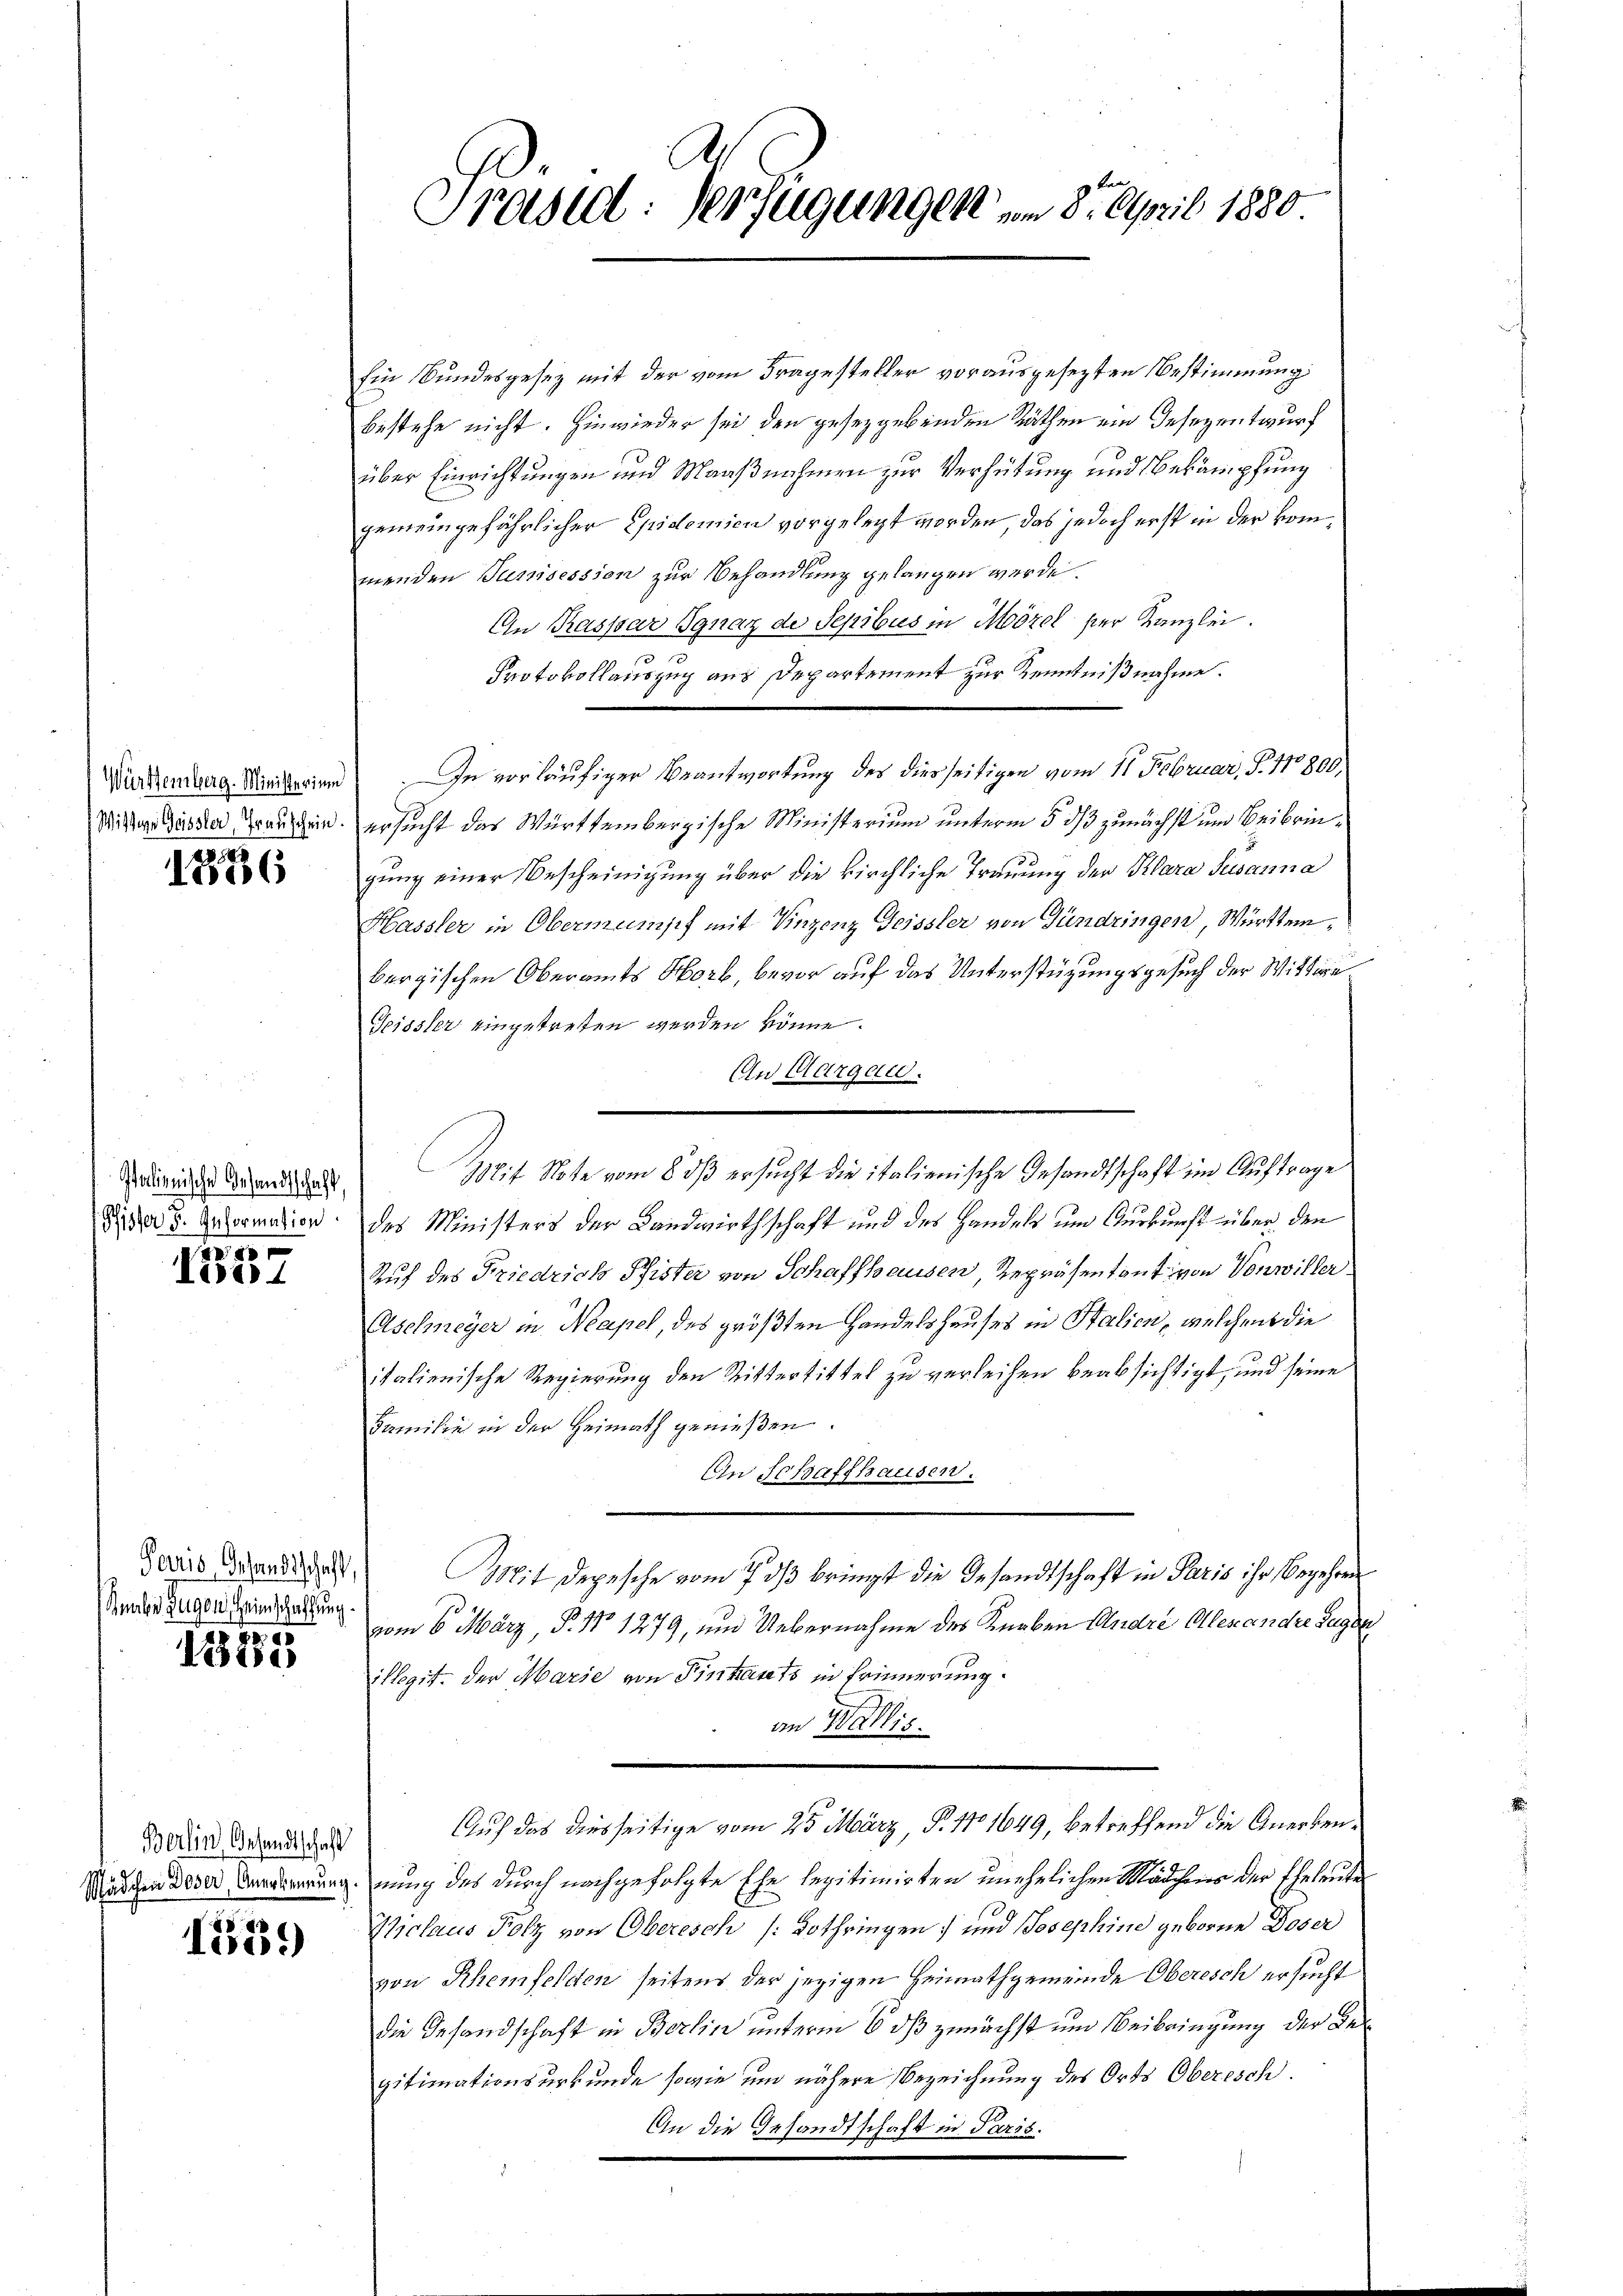
1836

Pfister F. Information

tve
Tie

nabe Zugen, Heimschaffung
Fe

Testa

Berlin, Gesandtschaft

15.)

Ein Bundesgesez mit der vom Fragesteller vorausgesezten Bestimmung
bestehe nicht. Hinwieder sei den gesetzgebenden Räthen ein Gesezentwurf
über Einrichtungen und Maaßnahmen zur Verhütung und Bekämpfung
gemeingefährlicher Epidemien vorgelegt worden, das jedoch erst in der vom
menden Junisession zur Behandlung gelangen werde.
An Kaspar Ignaz de Sepibus in Morel ser Kanzlei.
Protokollauszug aus Departement zur Kenntnißnahme.
Wurdenberg. Seiterien In vorläufiger Beantwortung des diesseitigen vom 11. Februar, S. 11800
Wittwe das der Grauschein ersucht das Württembergische Ministerium unterm 5. ds zunächst um Beibringung einer Bescheinigung über die kirchliche Trauung der Klara Susanna
Hassler in Obermumsch mit Vinzenz Geissler von Gündringen, Württembergischen Oberamts Horb, bevor auf das Unterstüzungsgesuch der Wittwe
Teissler eingetreten werden könne.
An Margau.
des Ministers der Landwirthschaft und des Handels um Auskunft über den
Auf des Friedrich Pfister von Schaffhausen, Repräsentant von Vonwiller
Aschmeyer in Neapel, des größten Handelshauses in Stalien, welchen die
italienische Regierung den Ritterbittel zu verleihen beabsichtigt, und seine
Familie in der Heimath genießen.
An Schaffhausen.
Deviso Candidat Mit Depesche vom 7 dß bringt die Gesandtschaft in Paris ihr Begehrere
vom 6. März, P. No 1279, und Uebernahme des Knaben André Alexandre Zuger
illegit der Marie von Fintants in Erinnerung.
an Wallis.
Auf das diesseitige vom 25 März, P. No 1649, betreffend die Anerken¬
Mädchen der orderung nung des durch nachgefolgte Ehe legitimirten unehelichen Mädchens der Eheleute
Viclaus Polz von Oberisch (Kothringen und Josephine geborne Doser
von Rhemfelden seitens der jezigen Heimathgemeinde Oberisch ersucht
die Gesandschaft in Berlin unterm 6. ds zunächst um Beibringung der Begitimationsurkunde sowie und nähere Bezeichnung des Orts Oberesch
An die Gesandtschaft in Paris.

Präsid. Verfügungen am 8. April 1880

Aadirung derend das Mit Note vom 8. dß ersucht die italienische Gesandtschaft im Auftrage